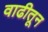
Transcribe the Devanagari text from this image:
वाढीतून